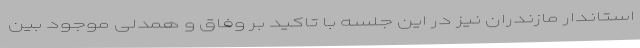
استاندار مازندران نیز در این جلسه با تاکید بر وفاق و همدلی موجود بین